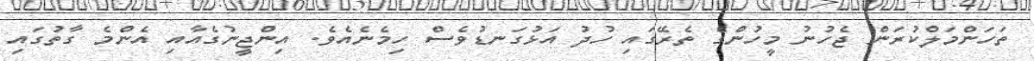
ތަހަންމަލްކުރަން ޖެހުނު މީހުންގެ ތެރޭގައި ހުދު އަޅުގަނޑުވެސް ހިމެނެއެވެ. އިންޖީނުގެއާއި އެންމެ ގާތުގައި